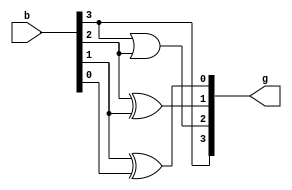
module BCDtoGrayGate (b,g);
	output [3:0]g;
	input [3:0]b;
	
	assign g[3] = b[3];
	or o1(g[2], b[3], b[2]);
	xor o2(g[1], b[2], b[1]);
	xor o3(g[0], b[1], b[0]);
endmodule

module BCDtoGrayDF (b,g);
	output [3:0]g;
	input [3:0]b;
	
	assign g[3] = b[3];
	assign g[2] = b[3] + b[2];
	assign g[1] = b[2] ^b[1];
	assign g[0] = b[1] ^b[0];
endmodule